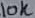
Text: 10K